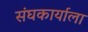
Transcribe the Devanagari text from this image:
संघकार्याला